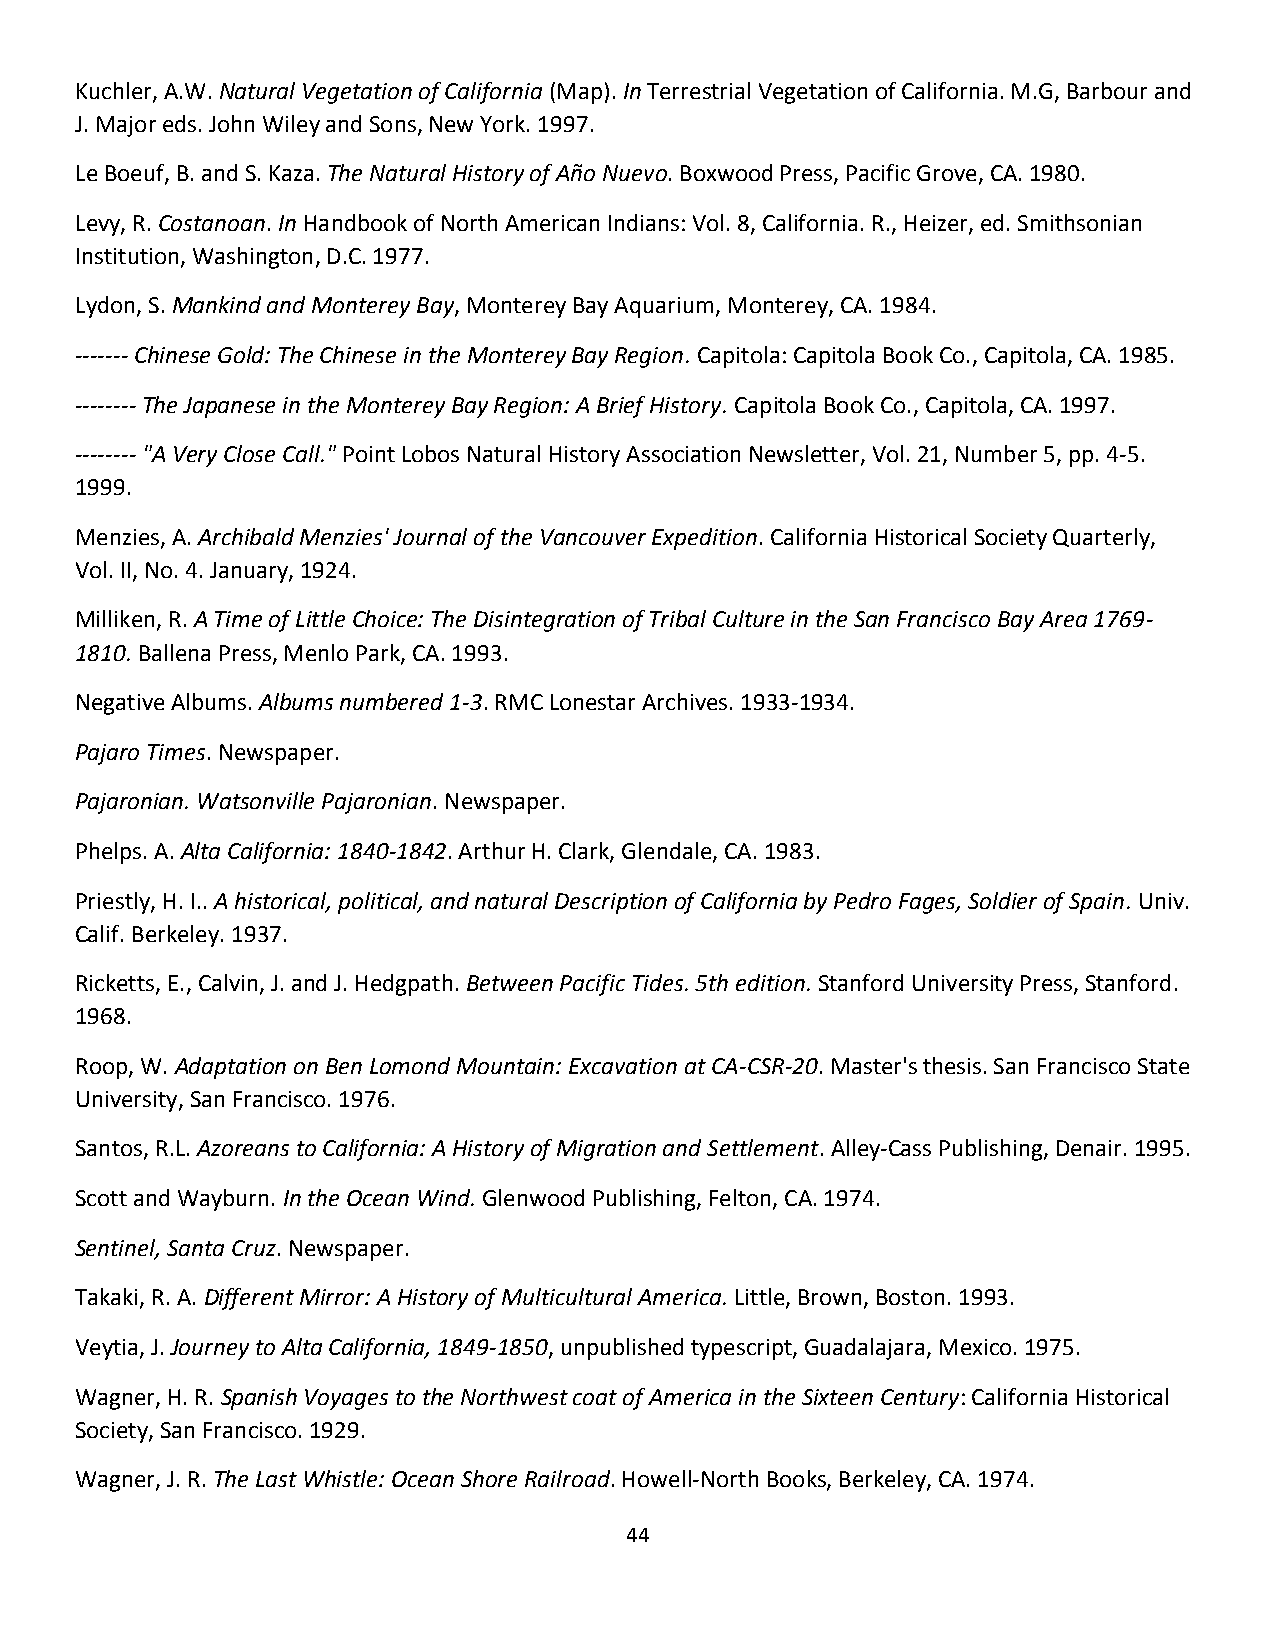
Kuchler, A.W. Natural Vegetation of California (Map). In Terrestrial Vegetation of California. M.G, Barbour and
 J. Major eds. John Wiley and Sons, New York. 1997.
 Le Boeuf, B. and S. Kaza. The Natural History of Año Nuevo. Boxwood Press, Pacific Grove, CA. 1980.
 Levy, R. Costanoan. In Handbook of North American Indians: Vol. 8, California. R., Heizer, ed. Smithsonian
 Institution, Washington, D.C. 1977.
 Lydon, S. Mankind and Monterey Bay, Monterey Bay Aquarium, Monterey, CA. 1984.
 ------- Chinese Gold: The Chinese in the Monterey Bay Region. Capitola: Capitola Book Co., Capitola, CA. 1985.
 -------- The Japanese in the Monterey Bay Region: A Brief History. Capitola Book Co., Capitola, CA. 1997.
 -------- "A Very Close Call." Point Lobos Natural History Association Newsletter, Vol. 21, Number 5, pp. 4-5.
 1999.
 Menzies, A. Archibald Menzies' Journal of the Vancouver Expedition. California Historical Society Quarterly,
 Vol. II, No. 4. January, 1924.
 Milliken, R. A Time of Little Choice: The Disintegration of Tribal Culture in the San Francisco Bay Area 1769-
 1810. Ballena Press, Menlo Park, CA. 1993.
 Negative Albums. Albums numbered 1-3. RMC Lonestar Archives. 1933-1934.
 Pajaro Times. Newspaper.
 Pajaronian. Watsonville Pajaronian. Newspaper.
 Phelps. A. Alta California: 1840-1842. Arthur H. Clark, Glendale, CA. 1983.
 Priestly, H. I.. A historical, political, and natural Description of California by Pedro Fages, Soldier of Spain. Univ.
 Calif. Berkeley. 1937.
 Ricketts, E., Calvin, J. and J. Hedgpath. Between Pacific Tides. 5th edition. Stanford University Press, Stanford.
 1968.
 Roop, W. Adaptation on Ben Lomond Mountain: Excavation at CA-CSR-20. Master's thesis. San Francisco State
 University, San Francisco. 1976.
 Santos, R.L. Azoreans to California: A History of Migration and Settlement. Alley-Cass Publishing, Denair. 1995.
 Scott and Wayburn. In the Ocean Wind. Glenwood Publishing, Felton, CA. 1974.
 Sentinel, Santa Cruz. Newspaper.
 Takaki, R. A. Different Mirror: A History of Multicultural America. Little, Brown, Boston. 1993.
 Veytia, J. Journey to Alta California, 1849-1850, unpublished typescript, Guadalajara, Mexico. 1975.
 Wagner, H. R. Spanish Voyages to the Northwest coat of America in the Sixteen Century: California Historical
 Society, San Francisco. 1929.
 Wagner, J. R. The Last Whistle: Ocean Shore Railroad. Howell-North Books, Berkeley, CA. 1974.
 44